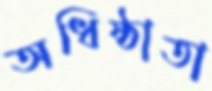
অধিষ্ঠাতা